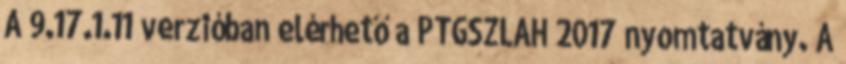
A 9.17.1.11 verzióban elérhető a PTGSZLAH 2017 nyomtatvány. A